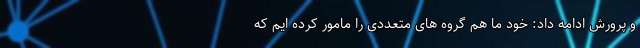
و پرورش ادامه داد: خود ما هم گروه های متعددی را مامور کرده ایم که